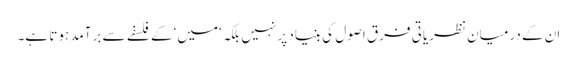
ان کے درمیان نظریاتی فرق اصول کی بنیاد پر نہیں بلکہ ‘میں‘ کے فلسفے سے برآمد ہوتا ہے۔